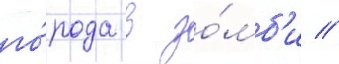
го́рода в зо́мб'и //